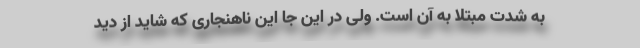
به شدت مبتلا به آن است. ولی در این جا این ناهنجاری که شاید از دید